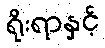
ရိုးရာနှင့်